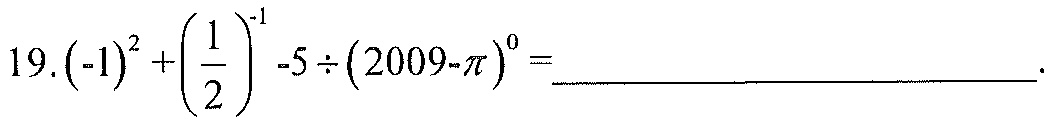
$19.(-1)^{2}+\left(\dfrac{1}{2}\right)^{-1}-5\div(2009 - \pi)^{0}=$___.